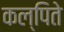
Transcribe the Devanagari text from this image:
कल्पिते